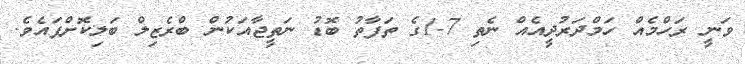
ވަނީ ރަހްމެއް ހަމްދަރުދީއެއް ނެތި 7-1ގެ ތަފާތު ބޮޑު ނަތީޖާއަކުން ބްރެޒިލް ބަލިކޮށްފައެވެ.